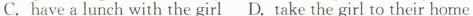
C.have a lunch with the girl D.take the girl to their home